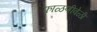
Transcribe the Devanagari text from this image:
फाळणीवेळी